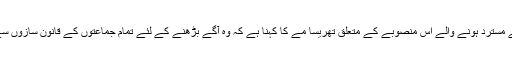
برطانوی پارلیمان سے مسترد ہونے والے اس منصوبے کے متعلق تھریسا مے کا کہنا ہے کہ وہ آگے بڑھنے کے لئے تمام جماعتوں کے قانون سازوں سے مشاورت کریں گی۔